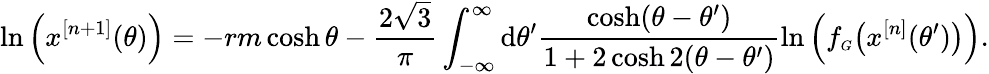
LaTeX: \ln\left(x^{[n+1]}(\theta)\right)=-rm\cosh\theta-\frac{2\sqrt{3}}{\pi}\int_{-\infty}^{\infty}\mathrm{d}\theta^{\prime}\frac{\cosh(\theta-\theta^{\prime})}{1+2\cosh 2(\theta-\theta^{\prime})}\ln\left(f_{\scriptscriptstyle G}\bigl(x^{[n]}(\theta^{\prime})\bigr)\right).